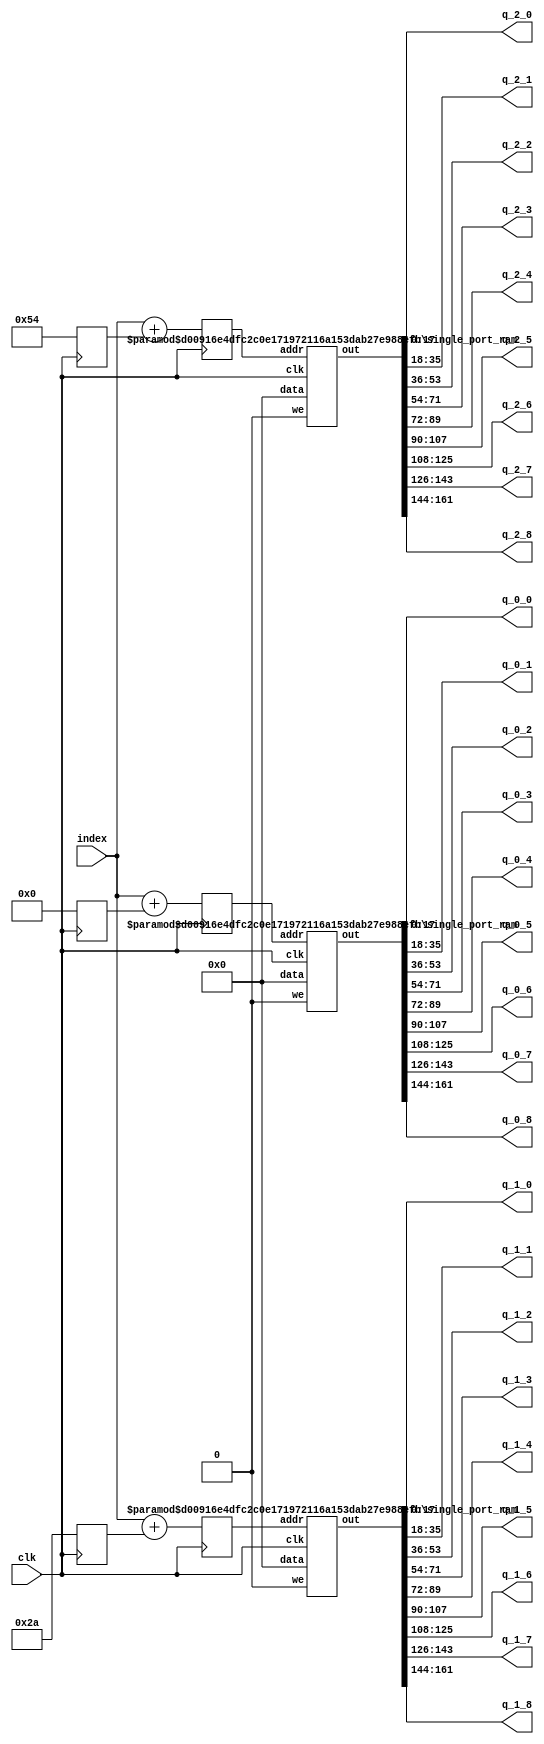
`define SIMULATION_MEMORY

module weight_buffer_18_9_42_3_2688Wcxr_imag_half_0 (
	input clk,
	output [17:0] q_0_0,
	output [17:0] q_0_1,
	output [17:0] q_0_2,
	output [17:0] q_0_3,
	output [17:0] q_0_4,
	output [17:0] q_0_5,
	output [17:0] q_0_6,
	output [17:0] q_0_7,
	output [17:0] q_0_8,
	output [17:0] q_1_0,
	output [17:0] q_1_1,
	output [17:0] q_1_2,
	output [17:0] q_1_3,
	output [17:0] q_1_4,
	output [17:0] q_1_5,
	output [17:0] q_1_6,
	output [17:0] q_1_7,
	output [17:0] q_1_8,
	output [17:0] q_2_0,
	output [17:0] q_2_1,
	output [17:0] q_2_2,
	output [17:0] q_2_3,
	output [17:0] q_2_4,
	output [17:0] q_2_5,
	output [17:0] q_2_6,
	output [17:0] q_2_7,
	output [17:0] q_2_8,
	input [11:0] index
);

wire [161:0] packed_result_0;
reg [11:0] addrs_0;
reg [11:0] addrs_base_0;
wire [161:0] packed_result_1;
reg [11:0] addrs_1;
reg [11:0] addrs_base_1;
wire [161:0] packed_result_2;
reg [11:0] addrs_2;
reg [11:0] addrs_base_2;

always @ (posedge clk) begin
	addrs_base_0 <= 0;
	addrs_base_1 <= 42;
	addrs_base_2 <= 84;
	addrs_0 <= index + addrs_base_0;
	addrs_1 <= index + addrs_base_1;
	addrs_2 <= index + addrs_base_2;
end

wire rom_we;
assign rom_we = 1'b0;

`ifdef SIMULATION_MEMORY 
defparam ram_inst_0.DATA_WIDTH = 162;
defparam ram_inst_0.ADDR_WIDTH = 12;
defparam ram_inst_1.DATA_WIDTH = 162;
defparam ram_inst_1.ADDR_WIDTH = 12;
defparam ram_inst_2.DATA_WIDTH = 162;
defparam ram_inst_2.ADDR_WIDTH = 12;
`endif
single_port_ram ram_inst_0 (
	.we(rom_we),
	.addr(addrs_0),
	.data(162'd0),
	.out(packed_result_0),
	.clk(clk)
);

single_port_ram ram_inst_1 (
	.we(rom_we),
	.addr(addrs_1),
	.data(162'd0),
	.out(packed_result_1),
	.clk(clk)
);

single_port_ram ram_inst_2 (
	.we(rom_we),
	.addr(addrs_2),
	.data(162'd0),
	.out(packed_result_2),
	.clk(clk)
);

// Unpack result
assign q_0_0 = packed_result_0[17:0];
assign q_0_1 = packed_result_0[35:18];
assign q_0_2 = packed_result_0[53:36];
assign q_0_3 = packed_result_0[71:54];
assign q_0_4 = packed_result_0[89:72];
assign q_0_5 = packed_result_0[107:90];
assign q_0_6 = packed_result_0[125:108];
assign q_0_7 = packed_result_0[143:126];
assign q_0_8 = packed_result_0[161:144];
assign q_1_0 = packed_result_1[17:0];
assign q_1_1 = packed_result_1[35:18];
assign q_1_2 = packed_result_1[53:36];
assign q_1_3 = packed_result_1[71:54];
assign q_1_4 = packed_result_1[89:72];
assign q_1_5 = packed_result_1[107:90];
assign q_1_6 = packed_result_1[125:108];
assign q_1_7 = packed_result_1[143:126];
assign q_1_8 = packed_result_1[161:144];
assign q_2_0 = packed_result_2[17:0];
assign q_2_1 = packed_result_2[35:18];
assign q_2_2 = packed_result_2[53:36];
assign q_2_3 = packed_result_2[71:54];
assign q_2_4 = packed_result_2[89:72];
assign q_2_5 = packed_result_2[107:90];
assign q_2_6 = packed_result_2[125:108];
assign q_2_7 = packed_result_2[143:126];
assign q_2_8 = packed_result_2[161:144];

endmodule

module single_port_ram(
clk,
addr,
data,
we,
out
);

parameter DATA_WIDTH = 288;
parameter ADDR_WIDTH = 6;
input clk;
input [ADDR_WIDTH-1:0] addr;
input [DATA_WIDTH-1:0] data;
input we;
output reg [DATA_WIDTH-1:0] out;

reg [DATA_WIDTH-1:0] ram[ADDR_WIDTH-1:0];

always @(posedge clk) begin
  if (we) begin
    ram[addr] <= data;
  end
  else begin
    out <= ram[addr];
  end
end

endmodule